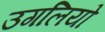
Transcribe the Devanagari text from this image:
उगलियो